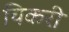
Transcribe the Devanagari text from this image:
चिकरी